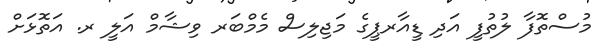
މުސްތޮފާ ލުތުފީ އަދި ޑީއާރޕީގެ މަޖިލިސް މެމްބަރ ވިޝާމް އަލީ ރ. އަތޮޅަށް